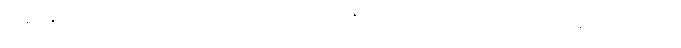
ထိုနားနှစ်ဘက်တို့၌ ဝတ်သောတန်ဆာတို့သည်။ ဇောတရေ၊ ဖိတ်ဖိတ်လက်လျက် ပြိုးပြိုးပြက်လျက်